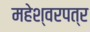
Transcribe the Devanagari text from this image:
महेश्वरपत्र